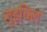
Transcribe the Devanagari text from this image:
लुइविल